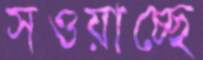
সওয়াচ্ছে